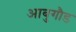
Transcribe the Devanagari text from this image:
आबुगौड